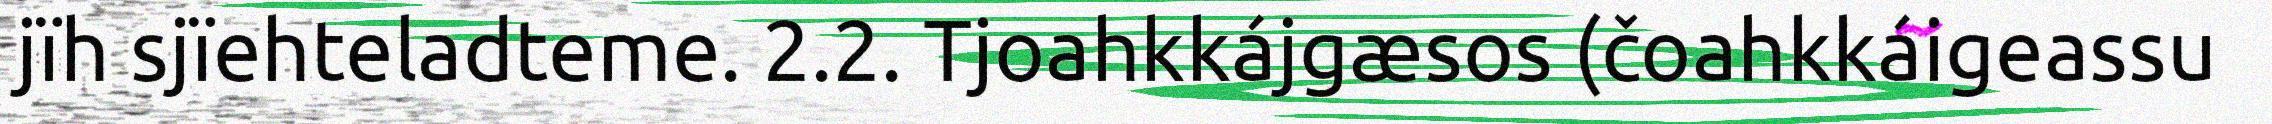
jïh sjïehteladteme. 2.2. Tjoahkkájgæsos (čoahkkáigeassu